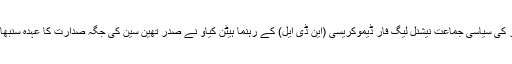
میانمار کی سیاسی جماعت نیشنل لیگ فار ڈیموکریسی (این ڈی ایل) کے رہنما ہیٹن کیاو نے صدر تھین سین کی جگہ صدارت کا عہدہ سنبھالا ہے۔